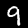
Label: 9